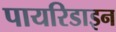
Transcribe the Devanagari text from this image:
पायरिडाइन